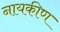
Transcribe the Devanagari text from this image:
नायकीण